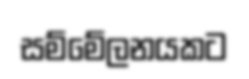
සම්මේලනයකට